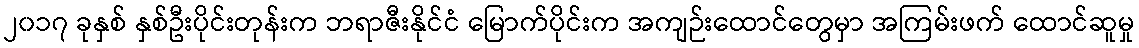
၂၀၁၇ ခုနှစ် နှစ်ဦးပိုင်းတုန်းက ဘရာဇီးနိုင်ငံ မြောက်ပိုင်းက အကျဉ်းထောင်တွေမှာ အကြမ်းဖက် ထောင်ဆူမှု